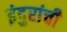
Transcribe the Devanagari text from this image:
इंदुरांची